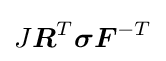
J{\boldsymbol {R}}^{T}{\boldsymbol {\sigma }}{\boldsymbol {F}}^{-T}